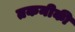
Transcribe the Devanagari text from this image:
तकनीकी